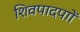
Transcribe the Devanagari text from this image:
शिवपादपाों